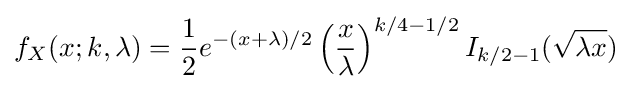
f_{X}(x;k,\lambda )={\frac {1}{2}}e^{-(x+\lambda )/2}\left({\frac {x}{\lambda }}\right)^{k/4-1/2}I_{k/2-1}({\sqrt {\lambda x}})